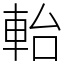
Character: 軩